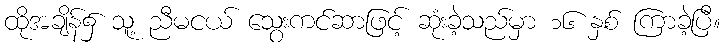
ထိုအချိန်၌ သူ့ ညီမငယ် သွေးကင်ဆာဖြင့် ဆုံးခဲ့သည်မှာ ၁၆ နှစ် ကြာခဲ့ပြီ။